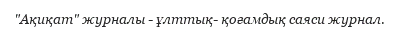
"Ақиқат" журналы - ұлттық- қоғамдық саяси журнал.